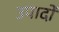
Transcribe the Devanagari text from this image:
उपादों